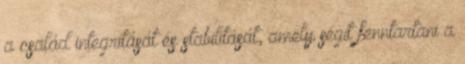
a család integritását és stabilitását, amely segít fenntartani a